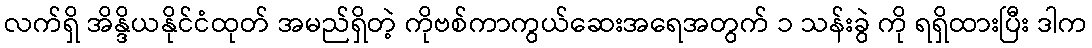
လက်ရှိ အိန္ဒိယနိုင်ငံထုတ် အမည်ရှိတဲ့ ကိုဗစ်ကာကွယ်ဆေးအရေအတွက် ၁ သန်းခွဲ ကို ရရှိထားပြီး ဒါက